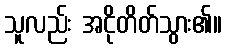
သူလည်း အငိုတိတ်သွား၏။